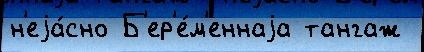
н'еjа́сно Б'ер'е́м'еннаjа тангаж